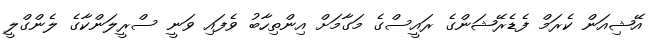
އޭޝިއަން ކެރަމް ފެޑެރޭޝަންގެ ރައީސްގެ މަގާމަށް އިންތިހާބު ވެފައި ވަނީ ސްރީލަންކާގެ ލެންގްލީ